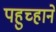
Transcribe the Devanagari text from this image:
पहुच्हाने